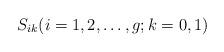
LaTeX: \begin{align*}S_{ik}(i=1,2,\ldots,g;k=0,1)\end{align*}